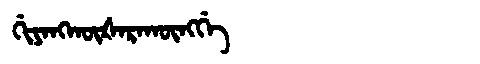
Manchu: ᡤᡳᠶᠠᠩᡴᡡᡧᠠᡵᠠᡴᡡᠩᡤᡝ
Romanization: GIYANGKŪŠARAKŪNGGE